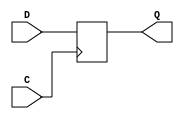
module FD(input wire C, input wire D, output reg Q);
  always @(posedge C) begin
    Q <= D;
  end
  //FDCE tfd(.C(C), .D(D), .Q(Q));
endmodule